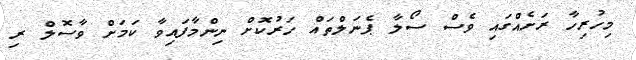
މިހުރިހާ ރަށެއްގައި ވެސް ސޯލާ ޕެނަލްތައް ހަރުކޮށް ނިންމާފައިވާ ކަމަށް ވާސޮލް ރި